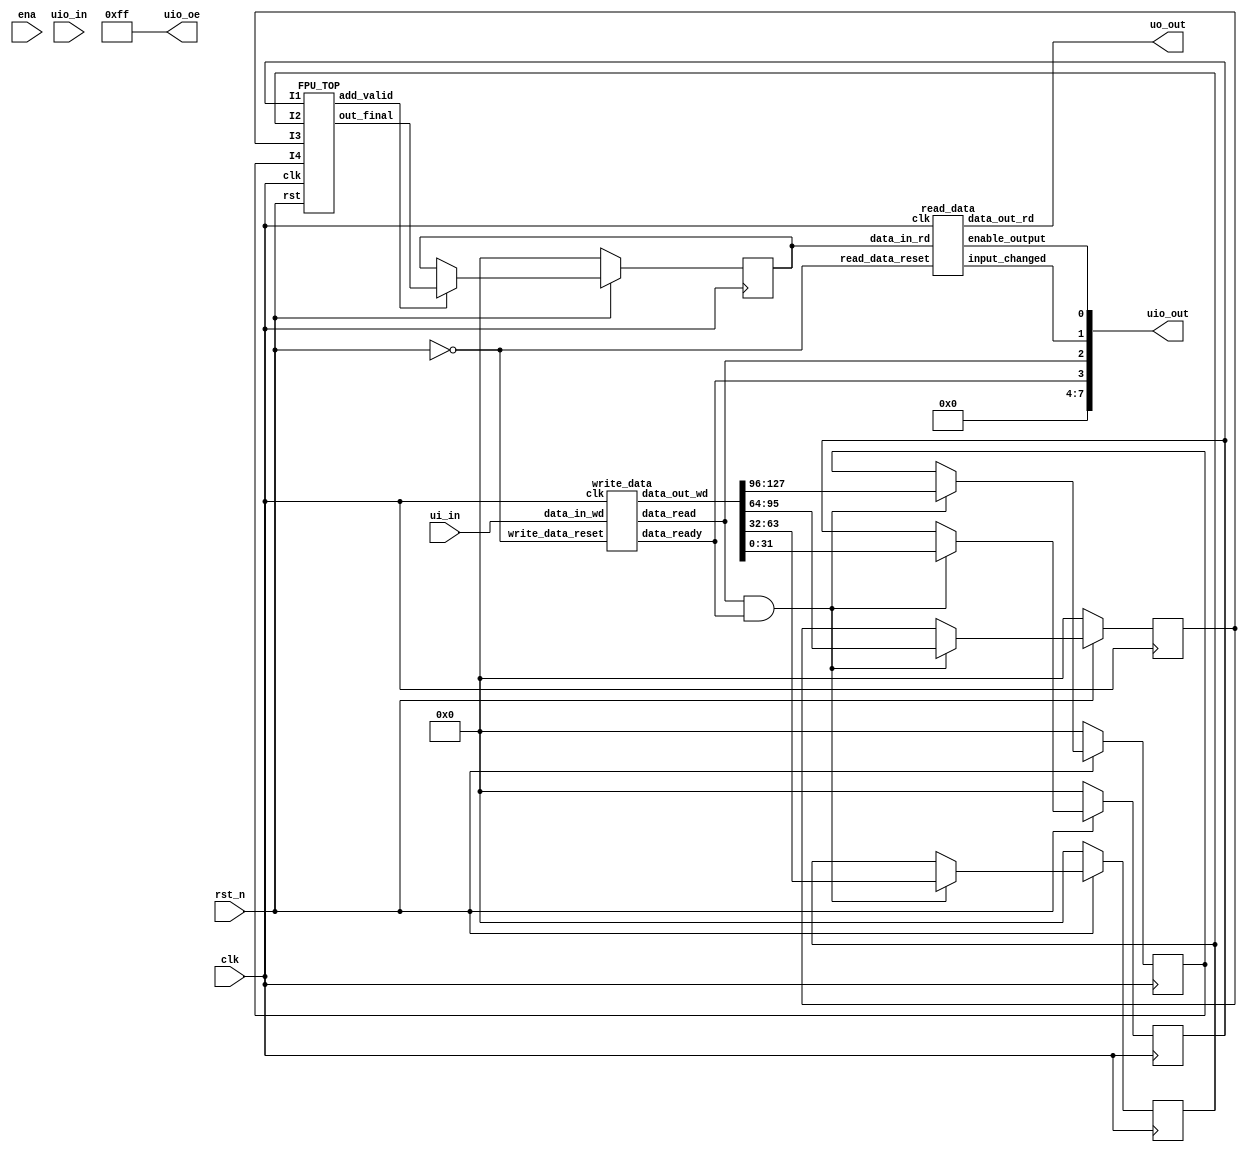
/*
 * Copyright (c) 2024 Aravind-Prasad-Abhinav-Prakash
 * SPDX-License-Identifier: Apache-2.0
 */



module tt_um_fpu (
    input  wire [7:0] ui_in,    // Dedicated inputs
    output wire [7:0] uo_out,   // Dedicated outputs
    input  wire [7:0] uio_in,   // IOs: Input path
    output wire [7:0] uio_out,  // IOs: Output path
    output wire [7:0] uio_oe,   // IOs: Enable path (active high: 0=input, 1=output)
    input  wire       ena,      // will go high when the design is enabled
    input  wire       clk,      // clock
    input  wire       rst_n     // reset_n - low to reset
);


assign uio_oe = 8'b11111111;
  
  wire [127:0]   inputRegister;
  reg [31:0]   outputRegister = 0;
  wire data_ready , data_read, input_changed,enable_output;
  wire add_valid;

reg [31:0] I1 = 0 ;
reg [31:0] I2 = 0 ;
reg [31:0] I3 = 0 ;
reg [31:0] I4 = 0 ;



wire [31:0] out_fpu;

  FPU_TOP  fpu_t(
.I1 (I1), 
.I2 (I2), 
.I3 (I3), 
.I4 (I4),
.clk(clk), 
.rst(rst_n), 
.out_final(out_fpu),
.add_valid(add_valid)
);
    
  write_data wd(
    .clk             (clk),
    .write_data_reset(~rst_n),//active low reset
    .data_in_wd       (ui_in), //8 bit input
    .data_out_wd      (inputRegister), //128 bit output
    .data_ready      (data_ready),
    .data_read       (data_read)
);


  read_data rd(
  .clk            (clk),
  .read_data_reset(~rst_n), //active low reset
  .data_in_rd     (outputRegister), //32 bit input
  .data_out_rd    (uo_out), //8 bit output
  .input_changed  (input_changed),
  .enable_output  (enable_output)
);

assign uio_out = {4'b0000,data_ready,data_read, input_changed,enable_output};

  // Group inputs into input register
  always @(posedge clk) begin
      if (~rst_n) begin
        I1<= 0;
        I2<= 0;
        I3<= 0;
        I4<= 0;
      end else begin
        if (data_read && data_ready)begin
            I1<= inputRegister[31:0];
            I2<= inputRegister[63:32];
            I3<= inputRegister[95:64];
            I4<= inputRegister[127:96];
            end
//        else begin
//        I1<= 0;
//        I2<= 0;
//        I3<= 0;
//        I4<= 0;
//        end
                   
     end
  end

  // Group outputs into output register
  always @(posedge clk) begin
    if (~rst_n) begin
      outputRegister <= 0;
    end else begin
        if (add_valid)begin
            outputRegister <= out_fpu;
            end
//        else begin
//            outputRegister <= 0;
//        end       
    end
  end

endmodule

module write_data#(parameter REG_WIDTH = 128)(
    input wire clk,
    input wire write_data_reset, //active low reset
    input wire [7:0] data_in_wd,
    output reg [REG_WIDTH-1:0] data_out_wd,
    output reg data_ready,  // Indicates when data_out is fully written
    output reg data_read  // Indicates when data_out is fully read
);
    
    reg [4:0] write_counter = 0;  // Counts the number of writes
    reg [REG_WIDTH-1:0] temp_data_out =0;  // Temporary register to store data_out

    always @(posedge clk or posedge write_data_reset) begin
        if (write_data_reset) begin
            data_out_wd <= 0;
            write_counter <= 0;
            data_ready <= 0;  // Clear the data_ready flag on reset
            data_read <= 0;  // Clear the data_read flag on reset
        end else begin
            if (write_counter < (REG_WIDTH/8)) begin
                // Shift and write data
                data_out_wd <= {data_out_wd[REG_WIDTH-9:0], data_in_wd};
                write_counter <= write_counter + 1;
                data_ready <= (write_counter == ((REG_WIDTH/8)-1));  // Set ready on the last write
            end else if (data_read) begin
                // Write new data only if previous data is successfully read
                data_out_wd <= temp_data_out;
                write_counter <= 0;
                data_out_wd <= 0;
                data_ready <= 0;
                data_read <= 0;
            end
            if (data_ready && ~data_read) begin
                // Read data when data_ready is high
                temp_data_out <= data_out_wd;
                data_read <= 1;
            end
        end
    end
endmodule


module read_data #( parameter REG_WIDTH = 32)(
  input wire clk,
  input wire read_data_reset,  //active low reset
  input wire [REG_WIDTH-1:0] data_in_rd,
  output reg [7:0] data_out_rd,
  output reg input_changed,  // will change when data_in is rewritten
  output reg enable_output  // will be high when data is getting read from data_in and low when data is read
);

  reg [REG_WIDTH-1:0] internal_data = 0;
  reg [4:0] counter = 0 ;

  reg [REG_WIDTH-1:0] prev_data_in =0;

  always @(posedge clk or posedge read_data_reset) begin
    if (read_data_reset) begin
      internal_data <= 0;
      counter <= 0;
      enable_output <= 0;
      prev_data_in <= 0;
      input_changed <= 0;
      data_out_rd <=0;
    end else begin
          if (enable_output) begin
                if (counter < (REG_WIDTH/8)) begin
                 // data_out_rd <= internal_data[8*counter +: 8];
                 data_out_rd <= internal_data[((REG_WIDTH-1) - 8*counter) -: 8];
                 counter <= counter + 1;
                end else begin
                  enable_output <= 0;
                end
          end else begin
                if (data_in_rd != prev_data_in) begin
                  internal_data <= data_in_rd;
                  enable_output <= 1;
                  counter <= 0;
                  input_changed <= ~input_changed;
                end else begin
                  //input_changed <= 0;
                end
            prev_data_in <= data_in_rd;
          end
    end
  end

endmodule


module FPU_TOP(
input[31:0] I1 , 
input[31:0] I2 , 
input[31:0] I3 , 
input[31:0] I4 ,
input clk, 
input rst, 
output  [31:0] out_final,
output add_valid
);


wire [31:0]I12,I34;


My_FPMult MUL12(.I1(I1),.I2(I2),.clk(clk),.rst (rst),.out(I12));  
My_FPMult MUL23(.I1(I3),.I2(I4),.clk(clk),.rst (rst),.out(I34));  
FPA_2IP_old ADD56(.I1(I12),.I2(I34),.clk(clk),.En(rst),.valid(add_valid),.out(out_final));       

endmodule

module My_FPMult ( input[31:0] I1 , input[31:0] I2 , input clk, input rst, output  [31:0] out );          //   Multiplier with latency of 7 clock cycles

   reg[31:0] input1, input2;
   reg[31:0] op_wod;

  always @(posedge clk)
   begin
     if(!rst) begin
       input1 <= 0;
       input2 <= 0;
     end
     else begin
       input1 <= I1;
       input2 <= I2;  
   end
  end

    wire S1,S2,S3;          //Signs
    wire [7:0] E1,E2;       //Exponents
    wire [22:0] M1,M2;      //Mantissa

    reg [22:0]M3;       //Final Mantissa
    reg [7:0]E3;        //Final Exponent

    //SPLIT phase
    Split SP1(input1,S1,E1,M1);
    Split SP2(input2,S2,E2,M2);

    //MULTIPLICATION
    wire [31:0] N1,N2;   //TEMPORARY VAR
    wire [63:0] N3;
    wire [8:0] temp_E3;

    assign N1 = {{8'b0},|E1,M1};   //Reduction xor for handle zeroes
    assign N2 = {{8'b0},|E2,M2};   //and denormal numbers
   

    assign temp_E3=E1+E2-127;
    assign S3=S1^S2;
    
    assign N3=N1*N2;

    //NORMALISING
    always@(*)  
    begin
        if(temp_E3>=255) begin 
            E3=8'b11111111;
            if (|M1 == 1'b0 || |M2 == 1'b0) M3=23'b0;
            else M3 = N3[46:24];
        end
        else if(N3[47]==1)
        begin
            M3=N3[46:24];
            E3=temp_E3+1;
        end
        else
        begin
            M3=N3[45:23]; //rounding off phase
            E3=temp_E3;
        end
        
    end

    //Checking various cases
    always@(*)
     
    begin
        if(!rst) op_wod = 0;
        else if(&E1 == 1'b1 && |M1 == 1'b0)          //INFINITY
        begin
            op_wod ={1'b0,8'b11111111,23'b0};
            
            end
        else if(&E2 == 1'b1 && |M2 == 1'b0)     //INFINITY
        begin
            op_wod ={1'b0,8'b11111111,23'b0};
             
            end

        else if(|E1 == 1'b0 && |M1 == 1'b0)     //ZERO
            begin
            op_wod ={32'b0};
             
            end
        else if(|E2 == 1'b0 && |M2 == 1'b0)     //ZERO
           begin
            op_wod ={32'b0};
             
            end
//        else if(op_wod_1[30:0]<30'b0110101100001100011011110111101)   //Threshold 0.000001
//           begin
//            op_wod ={32'b0};
            
//            end
        else                                   //NORMAL CASE
           begin
            op_wod = {S3,E3,M3};
            
            end
    end
      
   
   
    
assign out=op_wod;
endmodule


module Split(input [31:0]A, output sign, output [7:0]exp, output [22:0]man); // partitioning the 32 bits 
    assign sign = A[31];
    assign exp = A [30:23];
    assign man = A[22:0];
endmodule

module FPA_2IP_old( 
input[31:0] I1 , 
input[31:0] I2 ,  
input clk,
input En, 
output valid, 
output [31:0] out);

   reg[31:0] input1,input2;
   reg[31:0] op_wod,op_wod_reg;
   reg valid_reg;
   wire flag1,flag2;

   always @(*)
   begin     
     if(En) begin
     input1 = I1;
     input2 = I2;  
      
     end
     else begin
     input1 = 0;
     input2 = 0;
     
      end
   end
   
    

    wire S1,S2;
    wire [7:0] E1,E2,Emax;
//    wire [7:0] EN1,EN2;
    wire [31:0] M1,M2;
    wire [31:0] N1,N2;
    wire [31:0] complemented1,complemented2;
    reg [7:0] E31;
    reg[31:0] M31;
    
    splity_old SP1( input1,S1,E1,M1,flag1);
    splity_old SP2( input2,S2,E2,M2,flag2);
    
     
    assign Emax=(En==1)?((E1>=E2)? E1:E2):0;

    wire  [7:0]E_Difference1,E_Difference2;
    assign E_Difference1 = Emax - E1;
    assign E_Difference2 = Emax - E2;

     shifty_old RS1(  M1,E_Difference1,N1);  // makes sure exponents are of the same value.
     shifty_old RS2( M2,E_Difference2,N2);


    check_sign_old Ch1(S1,N1,complemented1);
    check_sign_old Ch2(S2,N2,complemented2);
   

    wire [31:0] out1;
    wire [31:0] sum_of_two;

    wire [4:0]msb_pos;
    wire right_left;
    
    assign out1=complemented1+complemented2;

    assign sum_of_two = (out1[31] == 1) ? (~out1 + 1) : out1;

    check_msb_old dt (sum_of_two,msb_pos);
    assign right_left = (msb_pos > 23)?1:0;

    always @(*) // normalizing and adjusting , step 6 .
    begin
    if(!En || flag1 || flag2 )begin
     M31 =0;
      E31 =0;
       op_wod_reg =0;
    end
    else begin
        if(right_left == 1 )
        begin
            M31 = sum_of_two >> (msb_pos-23);
            E31 =  (Emax + (msb_pos-23))  ;

            op_wod_reg = {out1[31],E31,M31[22:0]};
        end
        else 
        begin
            M31 = sum_of_two << (23-msb_pos);
            E31 =  (Emax - (23-msb_pos))  ;

            op_wod_reg = {out1[31],E31,M31[22:0]};
        end
       end 
   end

    always @ (posedge clk)   //  always @ (E3 or M3)
    begin
  
         op_wod<= op_wod_reg;

    end

    always@(op_wod,En )
   begin
   if(En)
   begin
           if (|op_wod)
           valid_reg=1;
             else valid_reg=0;
   end
   else valid_reg=0;
   end

  
assign out=op_wod;
assign valid=valid_reg;



endmodule

module splity_old(  input [31:0]A, output reg sign, output reg [7:0]exp, output reg [31:0]man,output reg flag); // partitioning the 32 bits 

    always@(*)
    begin
    if ( A[30:0]==0 )
      begin
        sign = 0;
        exp = 8'b0;
        man = {9'b00000000,23'b0}; //exact 0
        flag=0;
      end
      else if(A[30:23]==8'hff && A[22:0]==23'b0 )
      begin
         sign =0;
        exp = 8'b0;
         man = {9'b00000000,23'b0};  //infinity
        flag=1;
      end
      else if ( A[30:23]==8'b0 && A[22:0]!=23'b0 )
      begin
      sign = 0;
       exp = 8'b0;
        man = {9'b00000000,23'b0};  //denormalized
        flag=1;
      end
       else if ( A[30:23]==8'b1 && A[22:0]!=23'b0 )
      begin
       sign =0;
       exp = 8'b0;
        man = {9'b00000000,23'b0};  //NAN
        flag=1;
      end
      else
      begin
      sign = A[31];
      exp = A[30:23];
      man={9'b00000001,A[22:0]};
      flag=0;
      end
      
    end
    
    
endmodule

module shifty_old (input [31:0]B, input [7:0]shift,  output reg [31:0]OB);
//reg [7:0]O;
always@*
begin
    if(shift!=0)
    begin
    OB = B>>shift;
//    O = A+shift;
    
    end
    else
    begin
//    O=A;
    OB=B;
    end
end
endmodule


module check_sign_old (
  input wire S,
  input wire [31:0] padded_N,
  output reg [31:0] complemented
);

  always @* begin
    if (S == 1'b1) begin
      // If S1 is 1, complemented1 is the two's complement of padded_N1
      complemented = ~padded_N + 1;
    end
    else begin
      // If S1 is 0, complemented1 is equal to padded_N1
      complemented = padded_N;
    end
  end

endmodule


module check_msb_old(
  input [31:0] data,
  output reg [4:0] msb_position
);

  always @* begin
    msb_position = 5'b0;

    // Check the upper 16 bits
    if (data[31]) msb_position = 5'd31;
    else if (data[30]) msb_position = 5'd30;
    else if (data[29]) msb_position = 5'd29;
    else if (data[28]) msb_position = 5'd28;
    else if (data[27]) msb_position = 5'd27;
    else if (data[26]) msb_position = 5'd26;
    else if (data[25]) msb_position = 5'd25;
    else if (data[24]) msb_position = 5'd24;
    else if (data[23]) msb_position = 5'd23;
    else if (data[22]) msb_position = 5'd22;
    else if (data[21]) msb_position = 5'd21;
    else if (data[20]) msb_position = 5'd20;
    else if (data[19]) msb_position = 5'd19;
    else if (data[18]) msb_position = 5'd18;
    else if (data[17]) msb_position = 5'd17;
    else if (data[16]) msb_position = 5'd16;
    else if (data[15]) msb_position = 5'd15;
    else if (data[14]) msb_position = 5'd14;
    else if (data[13]) msb_position = 5'd13;
    else if (data[12]) msb_position = 5'd12;
    else if (data[11]) msb_position = 5'd11;
    else if (data[10]) msb_position = 5'd10;
    else if (data[9]) msb_position = 5'd9;
    else if (data[8]) msb_position = 5'd8;
    else if (data[7]) msb_position = 5'd7;
    else if (data[6]) msb_position = 5'd6;
    else if (data[5]) msb_position = 5'd5;
    else if (data[4]) msb_position = 5'd4;
    else if (data[3]) msb_position = 5'd3;
    else if (data[2]) msb_position = 5'd2; 
    else if (data[1]) msb_position = 5'd1; 
    else if (data[0]) msb_position = 5'd0;
    else msb_position = 5'd0;
        

  end

endmodule